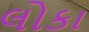
લોકા